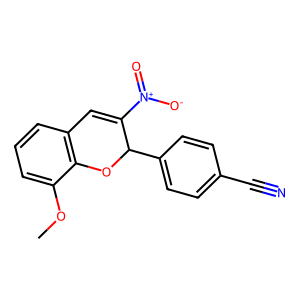
SMILES: COc1cccc2c1OC(c1ccc(C#N)cc1)C([N+](=O)[O-])=C2
Inhibits HIV replication: No